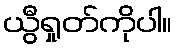
ယွီရှုတ်ကိုပါ။